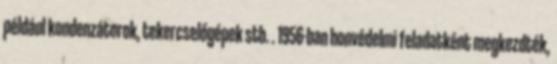
például kondenzátorok, tekercselőgépek stb. . 1956-ban honvédelmi feladatként megkezdték,